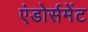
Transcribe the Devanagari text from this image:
एंडोर्समेंट